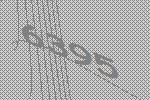
6395